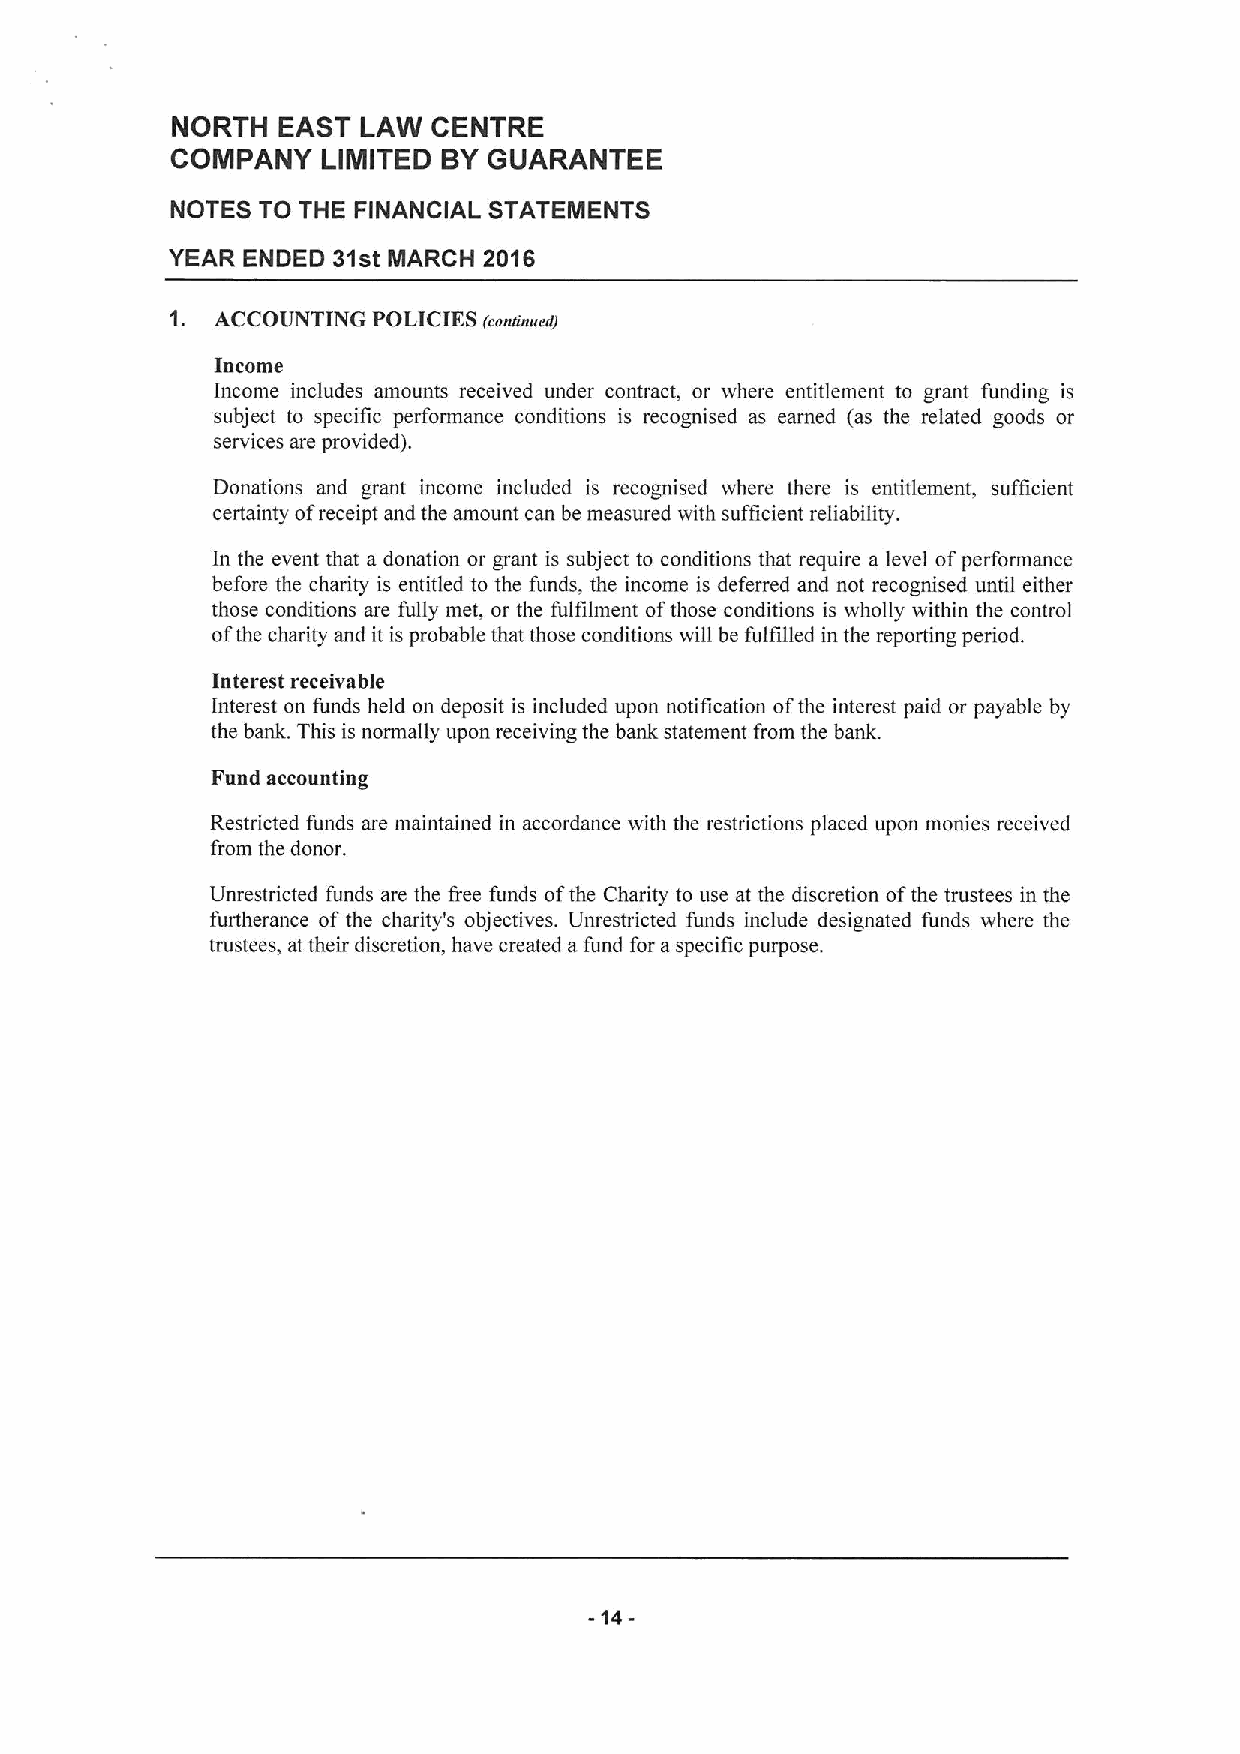
NORTH  EAST  LAW  CENTRE
 COMPANY   LIMITED BYGUARANTEE
 NOTES TO THE FINANCIAL STATEMENTS
 YEAR ENDED 31st MARCH 2016
 1. ACCOUNTING POLICIES (conrrnaed)
 Income
 Income includes amounts received under contract, or where entitlement to grant funding is
 subject to specific performance conditions is recognised as earned (as the related goods or
 services are provided).
 Donations and grant income included is recognised where there is entitlement, sufficient
 certainty ofreceipt and the amount can be measured with sufficient reliability.
 ln the event that a donation or grant is subject to conditions that require a level ofperformance
 before the charity is entitled to the funds, the income is deferred and not recognised until either
 those conditions are fully met, or the fulfilment ofthose conditions is wholly within the control
 ofthe charity and it is probable that those conditions will be fulfilled in the reporting period.
 Interest receivable
 Interest on funds held on deposit is included upon notification ofthe interest paid or payable by
 the bank. This is normally upon receiving the bank statement from the bank.
 Fund accounting
 Restricted funds are maintained in accordance with the restrictions placed upon monies received
 from the donor.
 Unrestricted funds are the free funds ofthe Charity to use at the discretion ofthe trustees in the
 furtherance of the charity's objectives. Unrestricted funds include designated funds where the
 trustees, at their discretion, have created a fund for aspecific purpose.
 -14-